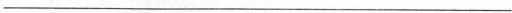
___